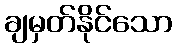
ချမှတ်နိုင်သော